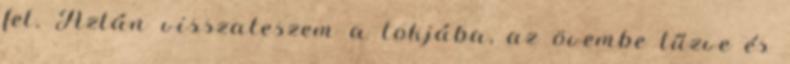
fel. Aztán visszateszem a tokjába, az övembe tűzve és